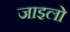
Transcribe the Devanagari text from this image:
जाइलो